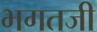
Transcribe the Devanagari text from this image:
भगतजी